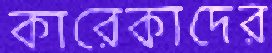
কারেকাদের